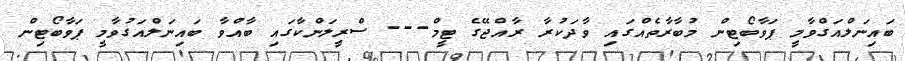
ބައިނަލްއަގްވާމީ ޕަވާބޯޓިން މުބާރާތެއްގައި ވާދަކުރާ ރާއްޖޭގެ ޓީމް--- ސްރީލަންކާގައި ބާއްވާ ބައިނަލްއަގުވާމީ ޕަވާބޯޓިން